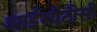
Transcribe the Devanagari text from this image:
आईसीटीसी